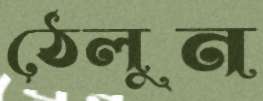
ঠেলুন